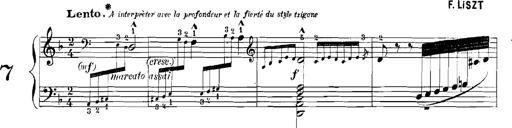
Title: Rhapsodies hongroises
Composer: Franz Liszt